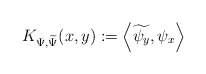
\begin{align*} K_{\Psi,\widetilde{\Psi}}(x,y) := \left\langle \widetilde{\psi_y},\psi_x\right\rangle \end{align*}